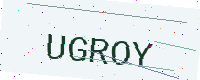
Text: UGROY